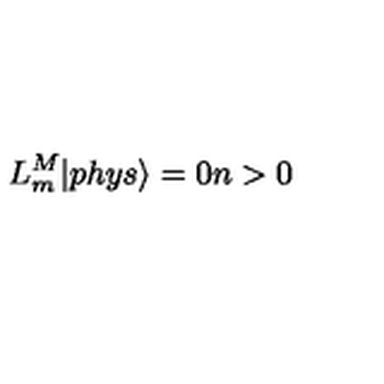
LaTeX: L _ { m } ^ { M } | p h y s \rangle = 0 n > 0